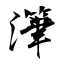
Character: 潷